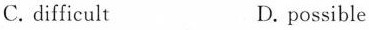
C. difficult D. possible